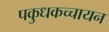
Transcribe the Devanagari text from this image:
पकुधकच्चायन